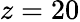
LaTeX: z=20